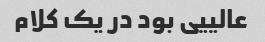
عالییی بود در یک کلام